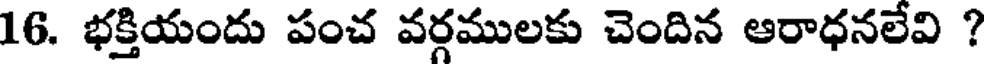
16. భక్తియందు పంచ వర్గములకు చెందిన ఆరాధనలేవి ?